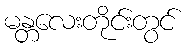
မန္တလေးတိုင်းတွင်